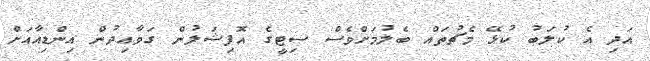
އަދި އެ ކުލަބު ކުޅޭ މެޗުތައް ބެލުމަށްވެސް ސިޓީގެ އޮފިޝަލުން ގަވާއިދުން އިންޑިއާއަށް